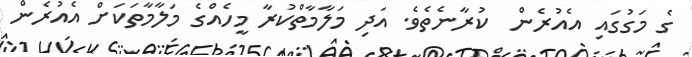
ގެ މަގުގައި އެއުރެން  ކުރާނެތެވެ. އަދި މަލާމާތްކުރާ މީހެއްގެ މަލާމާތަކަށް އެއުރެން